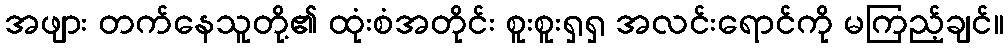
အဖျား တက်နေသူတို့၏ ထုံးစံအတိုင်း စူးစူးရှရှ အလင်းရောင်ကို မကြည့်ချင်။